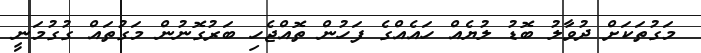
މަގުތަކަށް ދުވާލު ބޮޑު ލުޔެއް ހައެއްގެ ފަހުން ތޮއްޖެހި ބަރުގޮނުން މަގުތައް ގުގުމަނީ